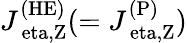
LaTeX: J_{\mathrm{\ eta,Z}}^{\mathrm{(HE)}}(=J_{\mathrm{\ eta,Z}}^{\mathrm{(P)}})